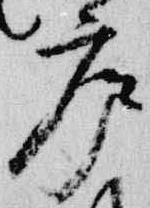
廬